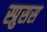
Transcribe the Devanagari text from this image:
स्प्रुसस